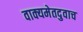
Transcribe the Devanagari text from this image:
वाक्यमेतदुवाच